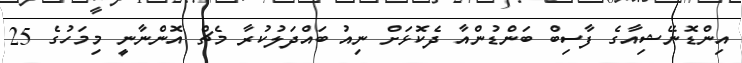
އިންޑޮނޭޝިއާގެ ފާސިބް ބަންޑުންއާ ދެކޮަޅަށް ނިއު ބައްދަލުކުރާ މެޗް އޮންނާނީ މިމަހުގެ 25